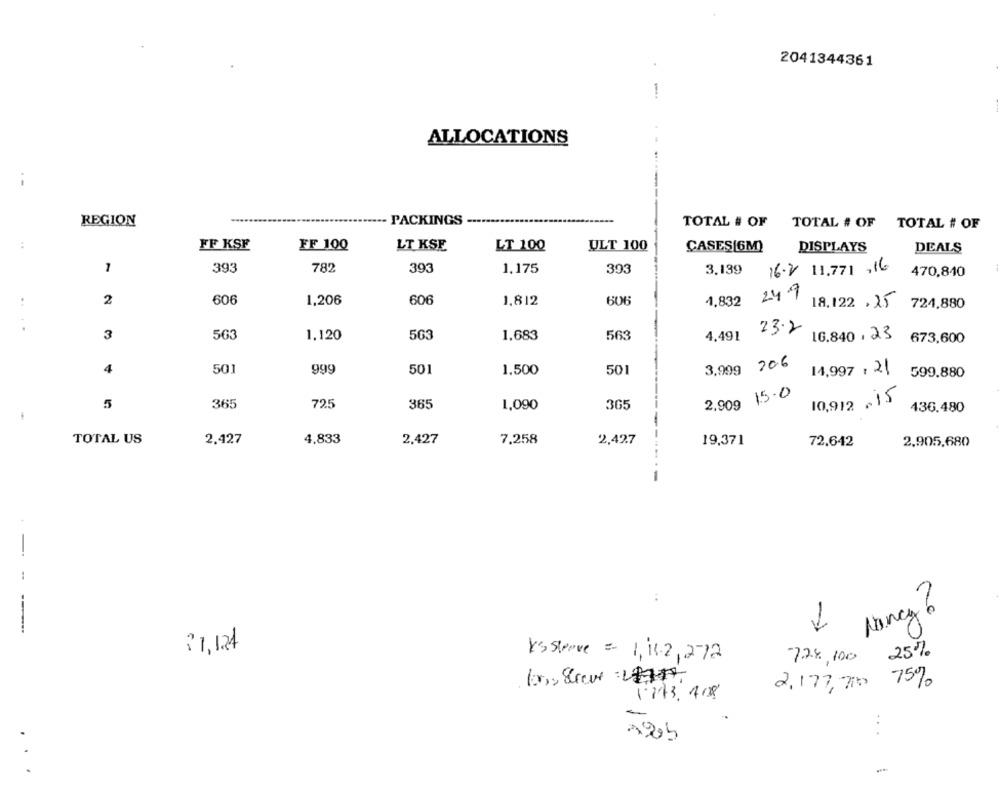
2041344361
ALLOCATIONS
REGION
........
- PACKINGS
TOTAL # OF TOTAL # OF TOTAL # OF
..
FF KSF
FF 100
LT KSE
LT 100
ULT 100
CASES[6M)
DISPLAYS
DEALS
1
393
782
393
1.175
393
16.2 11,771 ,16
3,139
470,840
2
60€
1,206
606
1,812
606
24.9
4,832
18.122 . 25 724,880
....
23.2
3
1.120
503
1,683
563
4,491
16.840 .23
673,600
206
4
501
999
501
1.500
501
3,999
14.997 , 21
599.880
365
725
365
2.909 15.0
10,912 .15
5
1,090
365
436.480
TOTAL US
2.427
4,833
2,427
7,258
2,427
19,371
72.642
2,905,680
Nancy 6
1
2 1,124
Ys Sleave = 1, 11.2, 272
728,100
25%
2,177, 7100 75%
1773, 408
...